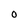
Character: O